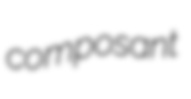
composant